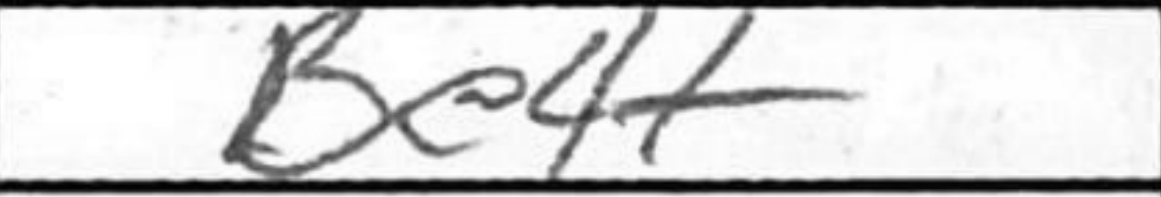
Transcription: Be4+